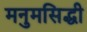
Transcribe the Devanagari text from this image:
मनुमसिद्धी